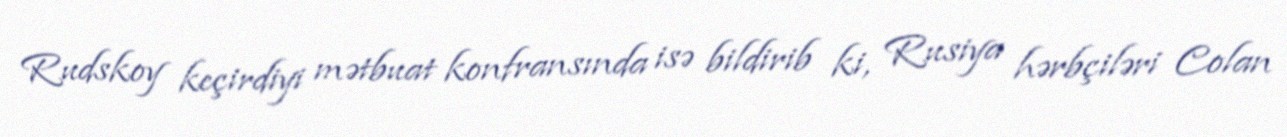
Rudskoy keçirdiyi mətbuat konfransında isə bildirib ki, Rusiya hərbçiləri Colan